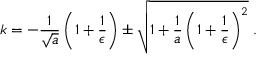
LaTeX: k = - \frac { 1 } { \sqrt { a } } \left( 1 + \frac { 1 } { \epsilon } \right) \pm \sqrt { 1 + \frac { 1 } { a } \left( 1 + \frac { 1 } { \epsilon } \right) ^ { 2 } } \; .